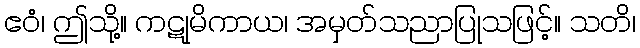
ဧဝံ၊ ဤသို့။ ကဋုမိကာယ၊ အမှတ်သညာပြုသဖြင့်။ သတိ၊